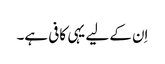
اِن کے لیے یہی کافی ہے۔